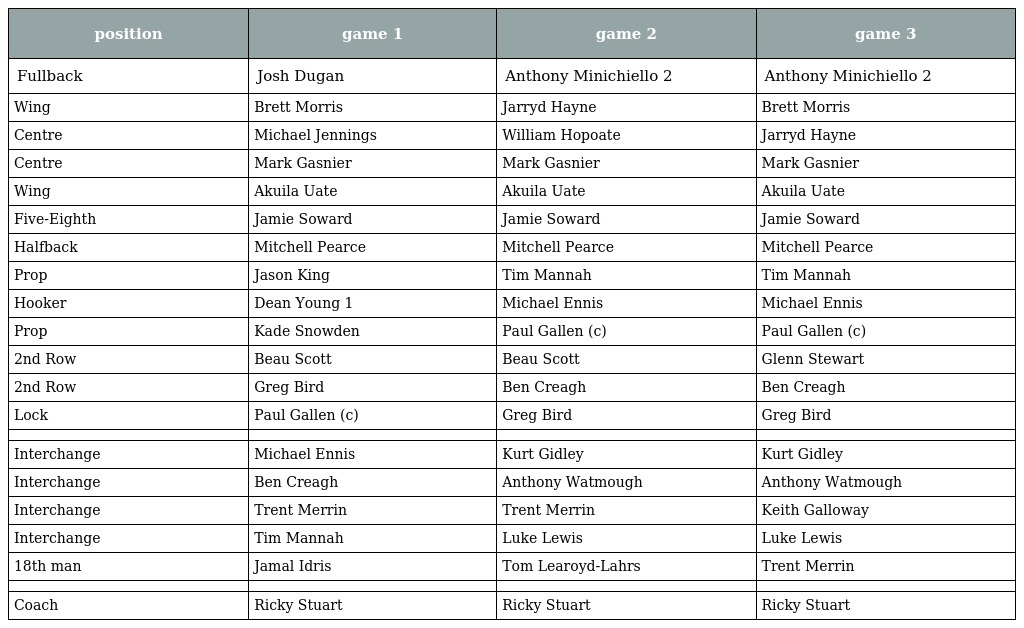
| position | game 1 | game 2 | game 3 |
 | --- | --- | --- | --- |
 | Fullback | Josh Dugan | Anthony Minichiello 2 | Anthony Minichiello 2 |
 | Wing | Brett Morris | Jarryd Hayne | Brett Morris |
 | Centre | Michael Jennings | William Hopoate | Jarryd Hayne |
 | Centre | Mark Gasnier | Mark Gasnier | Mark Gasnier |
 | Wing | Akuila Uate | Akuila Uate | Akuila Uate |
 | Five-Eighth | Jamie Soward | Jamie Soward | Jamie Soward |
 | Halfback | Mitchell Pearce | Mitchell Pearce | Mitchell Pearce |
 | Prop | Jason King | Tim Mannah | Tim Mannah |
 | Hooker | Dean Young 1 | Michael Ennis | Michael Ennis |
 | Prop | Kade Snowden | Paul Gallen (c) | Paul Gallen (c) |
 | 2nd Row | Beau Scott | Beau Scott | Glenn Stewart |
 | 2nd Row | Greg Bird | Ben Creagh | Ben Creagh |
 | Lock | Paul Gallen (c) | Greg Bird | Greg Bird |
 |  |  |  |  |
 | Interchange | Michael Ennis | Kurt Gidley | Kurt Gidley |
 | Interchange | Ben Creagh | Anthony Watmough | Anthony Watmough |
 | Interchange | Trent Merrin | Trent Merrin | Keith Galloway |
 | Interchange | Tim Mannah | Luke Lewis | Luke Lewis |
 | 18th man | Jamal Idris | Tom Learoyd-Lahrs | Trent Merrin |
 |  |  |  |  |
 | Coach | Ricky Stuart | Ricky Stuart | Ricky Stuart |